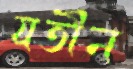
যতীন